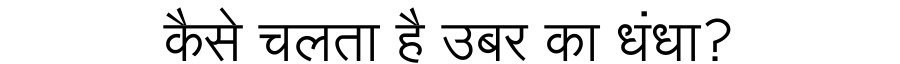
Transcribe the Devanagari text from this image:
कैसे चलता है उबर का धंधा?